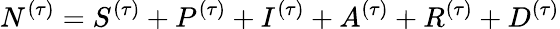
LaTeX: N^{(\tau)}=S^{(\tau)}+P^{(\tau)}+I^{(\tau)}+A^{(\tau)}+R^{(\tau)}+D^{(\tau)}